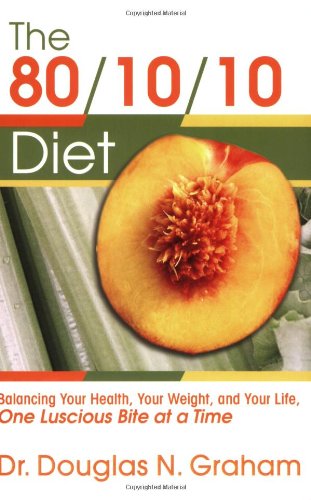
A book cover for The 80/10/10 Diet; Douglas N. Graham; Cookbooks, Food & Wine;